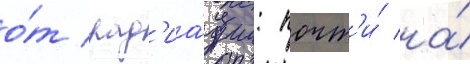
о́т рад'иа́ции: почт'и́ на́